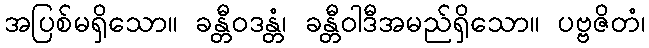
အပြစ်မရှိသော။ ခန္တီဝဒန္တံ၊ ခန္တီဝါဒီအမည်ရှိသော။ ပဗ္ဗဇိတံ၊